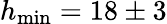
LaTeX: h_{\operatorname*{min}}=18\pm 3